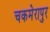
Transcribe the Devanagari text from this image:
चकमेरापुर